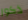
ذكور